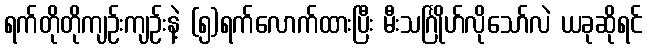
ရက်တိုတိုကျဉ်းကျဉ်းနဲ့ (၅)ရက်လောက်ထားပြီး မီးသင်္ဂြိုဟ်လိုသော်လဲ ယခုဆိုရင်